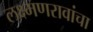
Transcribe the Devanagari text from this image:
लक्ष्मणरावांचा